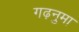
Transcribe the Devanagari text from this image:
गढ़नुमा